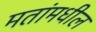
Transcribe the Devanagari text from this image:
मतांमधील